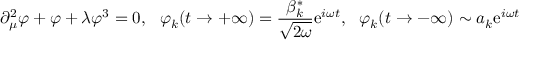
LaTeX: \partial _ { \mu } ^ { 2 } \varphi + \varphi + \lambda \varphi ^ { 3 } = 0 , \, \, \, \, \varphi _ { k } ( t \to + \infty ) = \frac { \beta _ { k } ^ { * } } { \sqrt { 2 \omega } } \mathrm { e } ^ { i \omega t } , \, \, \, \, \varphi _ { k } ( t \to - \infty ) \sim a _ { k } \mathrm { e } ^ { i \omega t }